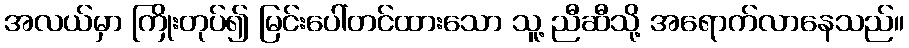
အလယ်မှာ ကြိုးတုပ်၍ မြင်းပေါ်တင်ထားသော သူ့ ညီဆီသို့ အရောက်လာနေသည်။